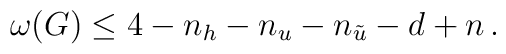
\omega(G)\le 4-n_{h}-n_{u}-n_{\tilde{u}}-d+n\,.